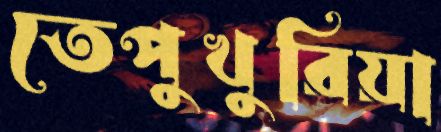
তেপুখুরিয়া